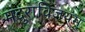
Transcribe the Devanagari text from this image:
मदुराविजयम्